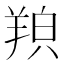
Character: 𦎊